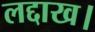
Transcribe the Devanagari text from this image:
लद्दाख।